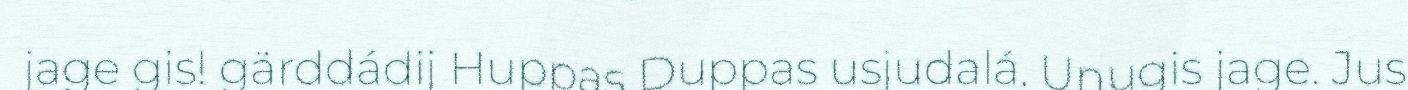
jage gis! gärddádij Huppas Duppas usjudalá. Unugis jage. Jus